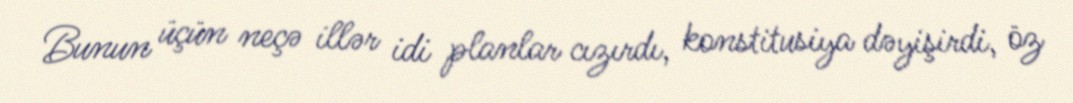
Bunun üçün neçə illər idi planlar cızırdı, konstitusiya dəyişirdi, öz